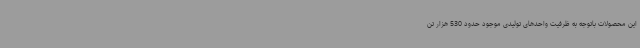
این محصولات باتوجه ‌به ظرفیت واحدهای تولیدی موجود حدود 530 هزار تن